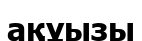
ақұызы